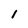
Character: 1